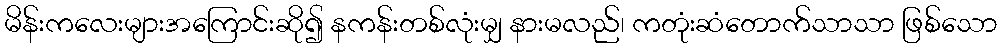
မိန်းကလေးများအကြောင်းဆို၍ နကန်းတစ်လုံးမျှ နားမလည်၊ ကတုံးဆံတောက်သာသာ ဖြစ်သော